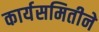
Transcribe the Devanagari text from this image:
कार्यसमितीने